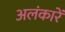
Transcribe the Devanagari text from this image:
अलंकारें